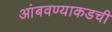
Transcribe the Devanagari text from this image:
आंबवण्याकडची